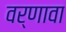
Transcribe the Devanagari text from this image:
वर्णावा